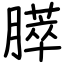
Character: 膵